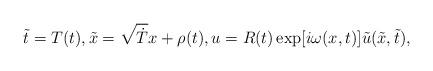
LaTeX: \begin{align*} \tilde{t}=T(t), \tilde{x}=\sqrt{\dot{T}}x+\rho(t), u=R(t)\exp[i\omega(x,t)]\tilde{u}(\tilde{x},\tilde{t}),\end{align*}